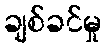
ချစ်ခင်မှု